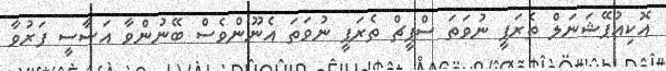
އޮކިއުޕޭޝަނަލް ތެރަޕީ ނުވަތަ ސްޕީޗް ތެރަޕީ ނުވަތަ އެނޫންވެސް ބޭނުންވާ އަސާސީ ފަރުވާ